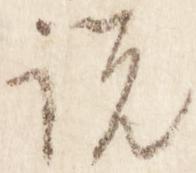
説